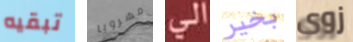
تبقيه مشروبا الى بخير زوى